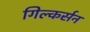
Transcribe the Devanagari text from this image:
गिल्कर्सन